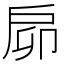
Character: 𢨺